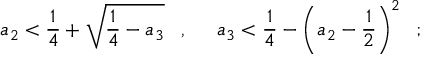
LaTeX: a _ { 2 } < \frac { 1 } { 4 } + \sqrt { \frac { 1 } { 4 } - a _ { 3 } } \; \; \; , \; \; \; \; \; a _ { 3 } < \frac { 1 } { 4 } - \left( a _ { 2 } - \frac { 1 } { 2 } \right) ^ { 2 } \; \; ;